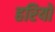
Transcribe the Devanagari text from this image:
हरियो